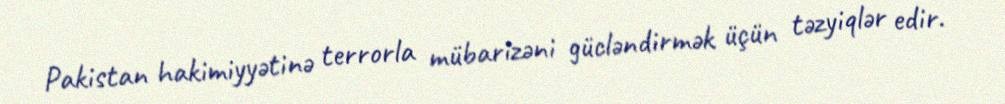
Pakistan hakimiyyətinə terrorla mübarizəni gücləndirmək üçün təzyiqlər edir.